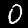
Label: 0